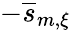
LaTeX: -\overline{{s}}_{m,\xi}